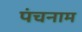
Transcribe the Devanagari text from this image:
पंचनाम